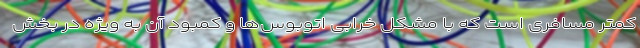
کمتر مسافری است که با مشکل خرابی اتوبوس‌ها و کمبود آن به ویژه در بخش